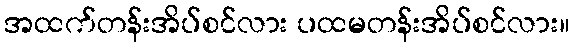
အထက်တန်းအိပ်စင်လား ပထမတန်းအိပ်စင်လား။